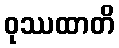
ဝုဿထာတိ